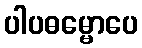
ပါပဓမ္မောပေ